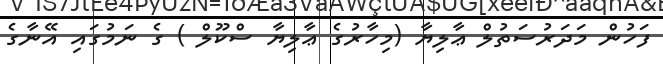
ފަހުން މަދަރުސަތުލް ޢާލިޔާ (މިހާރުގެ ޢާލިޔާ ސްކޫލް ) ގެ ނަމުގައި އޭނާގެ